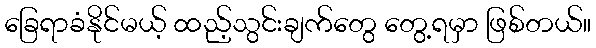
ခြေရာခံနိုင်မယ့် ထည့်သွင်းချက်တွေ တွေ့ရမှာ ဖြစ်တယ်။